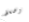
وضغط